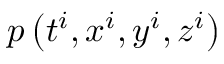
p \left( t ^ { i } , x ^ { i } , y ^ { i } , z ^ { i } \right)